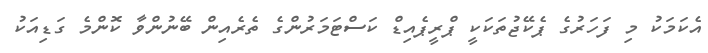
އެކަމަކު މި ފަހަރުގެ ޕެކޭޖުތަކަކީ ޕްރީޕެއިޑް ކަސްޓަމަރުންގެ ތެރެއިން ބޭނުންވާ ކޮންމެ ގަޑިއަކު